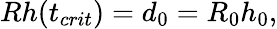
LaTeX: \begin{array}{r}{Rh(t_{crit})=d_{0}=R_{0}h_{0},}\end{array}